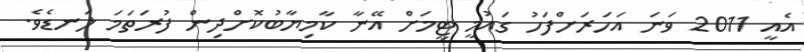
އެއީ 2011 ވަނަ އަހަރަށްފަހު ގައުމީ ޓީމަށް އޭނާ ކާމިޔާބުކޮށްދިން ފުރަތަމަ ލަނޑެވެ.